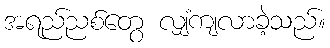
အရည်ညစ်တွေ လျှံကျလာခဲ့သည်။